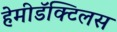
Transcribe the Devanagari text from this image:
हेमीडॅक्टिलस